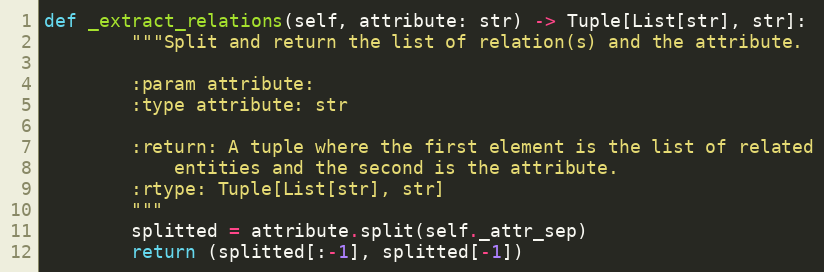
Language: Python
def _extract_relations(self, attribute: str) -> Tuple[List[str], str]:
        """Split and return the list of relation(s) and the attribute.

        :param attribute:
        :type attribute: str

        :return: A tuple where the first element is the list of related
            entities and the second is the attribute.
        :rtype: Tuple[List[str], str]
        """
        splitted = attribute.split(self._attr_sep)
        return (splitted[:-1], splitted[-1])